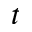
t